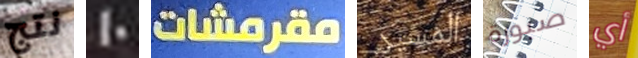
نتج 10 مقرمشات المسير صبورة أي